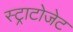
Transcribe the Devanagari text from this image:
स्ट्राटोजेट